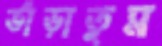
ভাঁড়াতুম